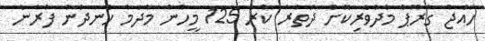
ހައްޖު ގުރޫޕް މެދުވެރިކޮށް ދަތުރު ކުރާ 125 މީހުން މާދަމާ ހެނދުނު ފުރާނެ